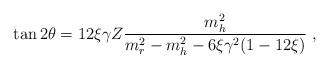
LaTeX: \begin{align*}\tan 2 \theta = 12 \xi \gamma Z \frac{m^2 _h}{m^2_r-m^2_h - 6 \xi \gamma^2 (1 -12 \xi)} \hbox{ , }\end{align*}